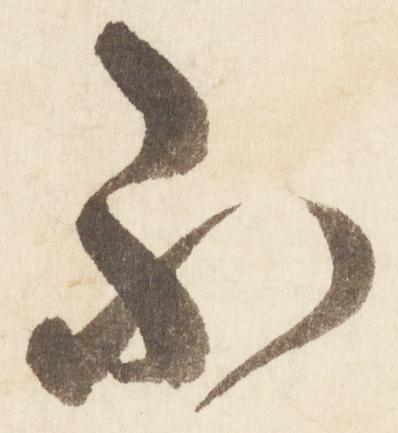
不